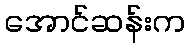
အောင်ဆန်းက